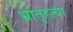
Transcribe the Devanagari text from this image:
भ्रातृहत्या